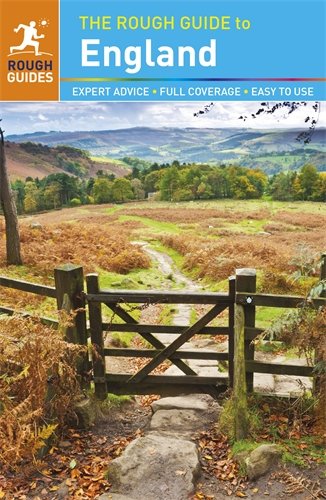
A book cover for The Rough Guide to England; Rough Guides; Travel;